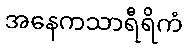
အနေကသာရီရိကံ